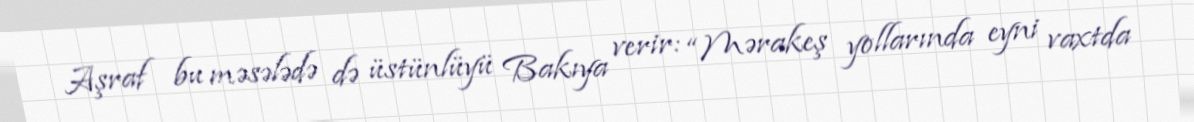
Aşraf bu məsələdə də üstünlüyü Bakıya verir: “Mərakeş yollarında eyni vaxtda